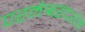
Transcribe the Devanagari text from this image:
परमेश्वरदर्शन